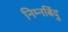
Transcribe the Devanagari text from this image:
निम्नबिंदु